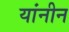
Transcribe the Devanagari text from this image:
यांनीन